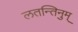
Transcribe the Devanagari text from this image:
लतन्तिनुम्